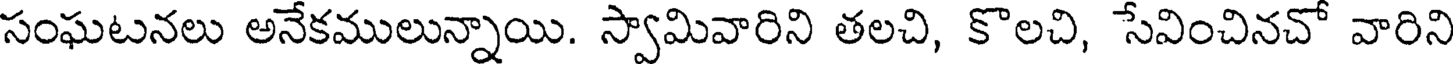
సంఘటనలు అనేకములున్నాయి. స్వామివారిని తలచి, కొలచి, సేవించినచో వారిని